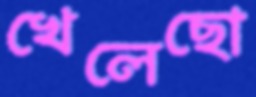
খেলেছো